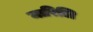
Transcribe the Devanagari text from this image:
मारिलि